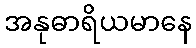
အနုဓာရိယမာနေ